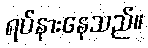
ရပ်နားနေသည်။